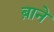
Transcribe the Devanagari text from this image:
ब़ाने